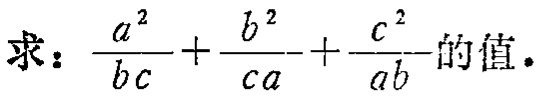
求：\(\frac{a^{2}}{bc}+\frac{b^{2}}{ca}+\frac{c^{2}}{ab}\)的值.